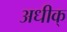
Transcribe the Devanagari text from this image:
अधीक्